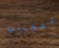
تعجبنى